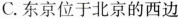
C.东京位于北京的西边